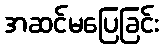
အဆင်မပြေခြင်း